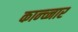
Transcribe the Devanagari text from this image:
कान्च्नार